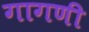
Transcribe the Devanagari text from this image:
गागणी